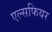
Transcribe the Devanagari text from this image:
एल्सफियर